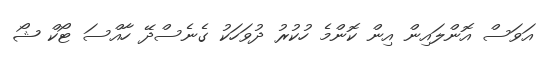
އަވަސް އޮންލައިން އިން ކޮންމެ ހުކުރު ދުވަހަކު ގެނެސްދޭ ހާއްސަ ޓޯކް ޝޯ